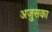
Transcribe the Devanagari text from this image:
अजुसका